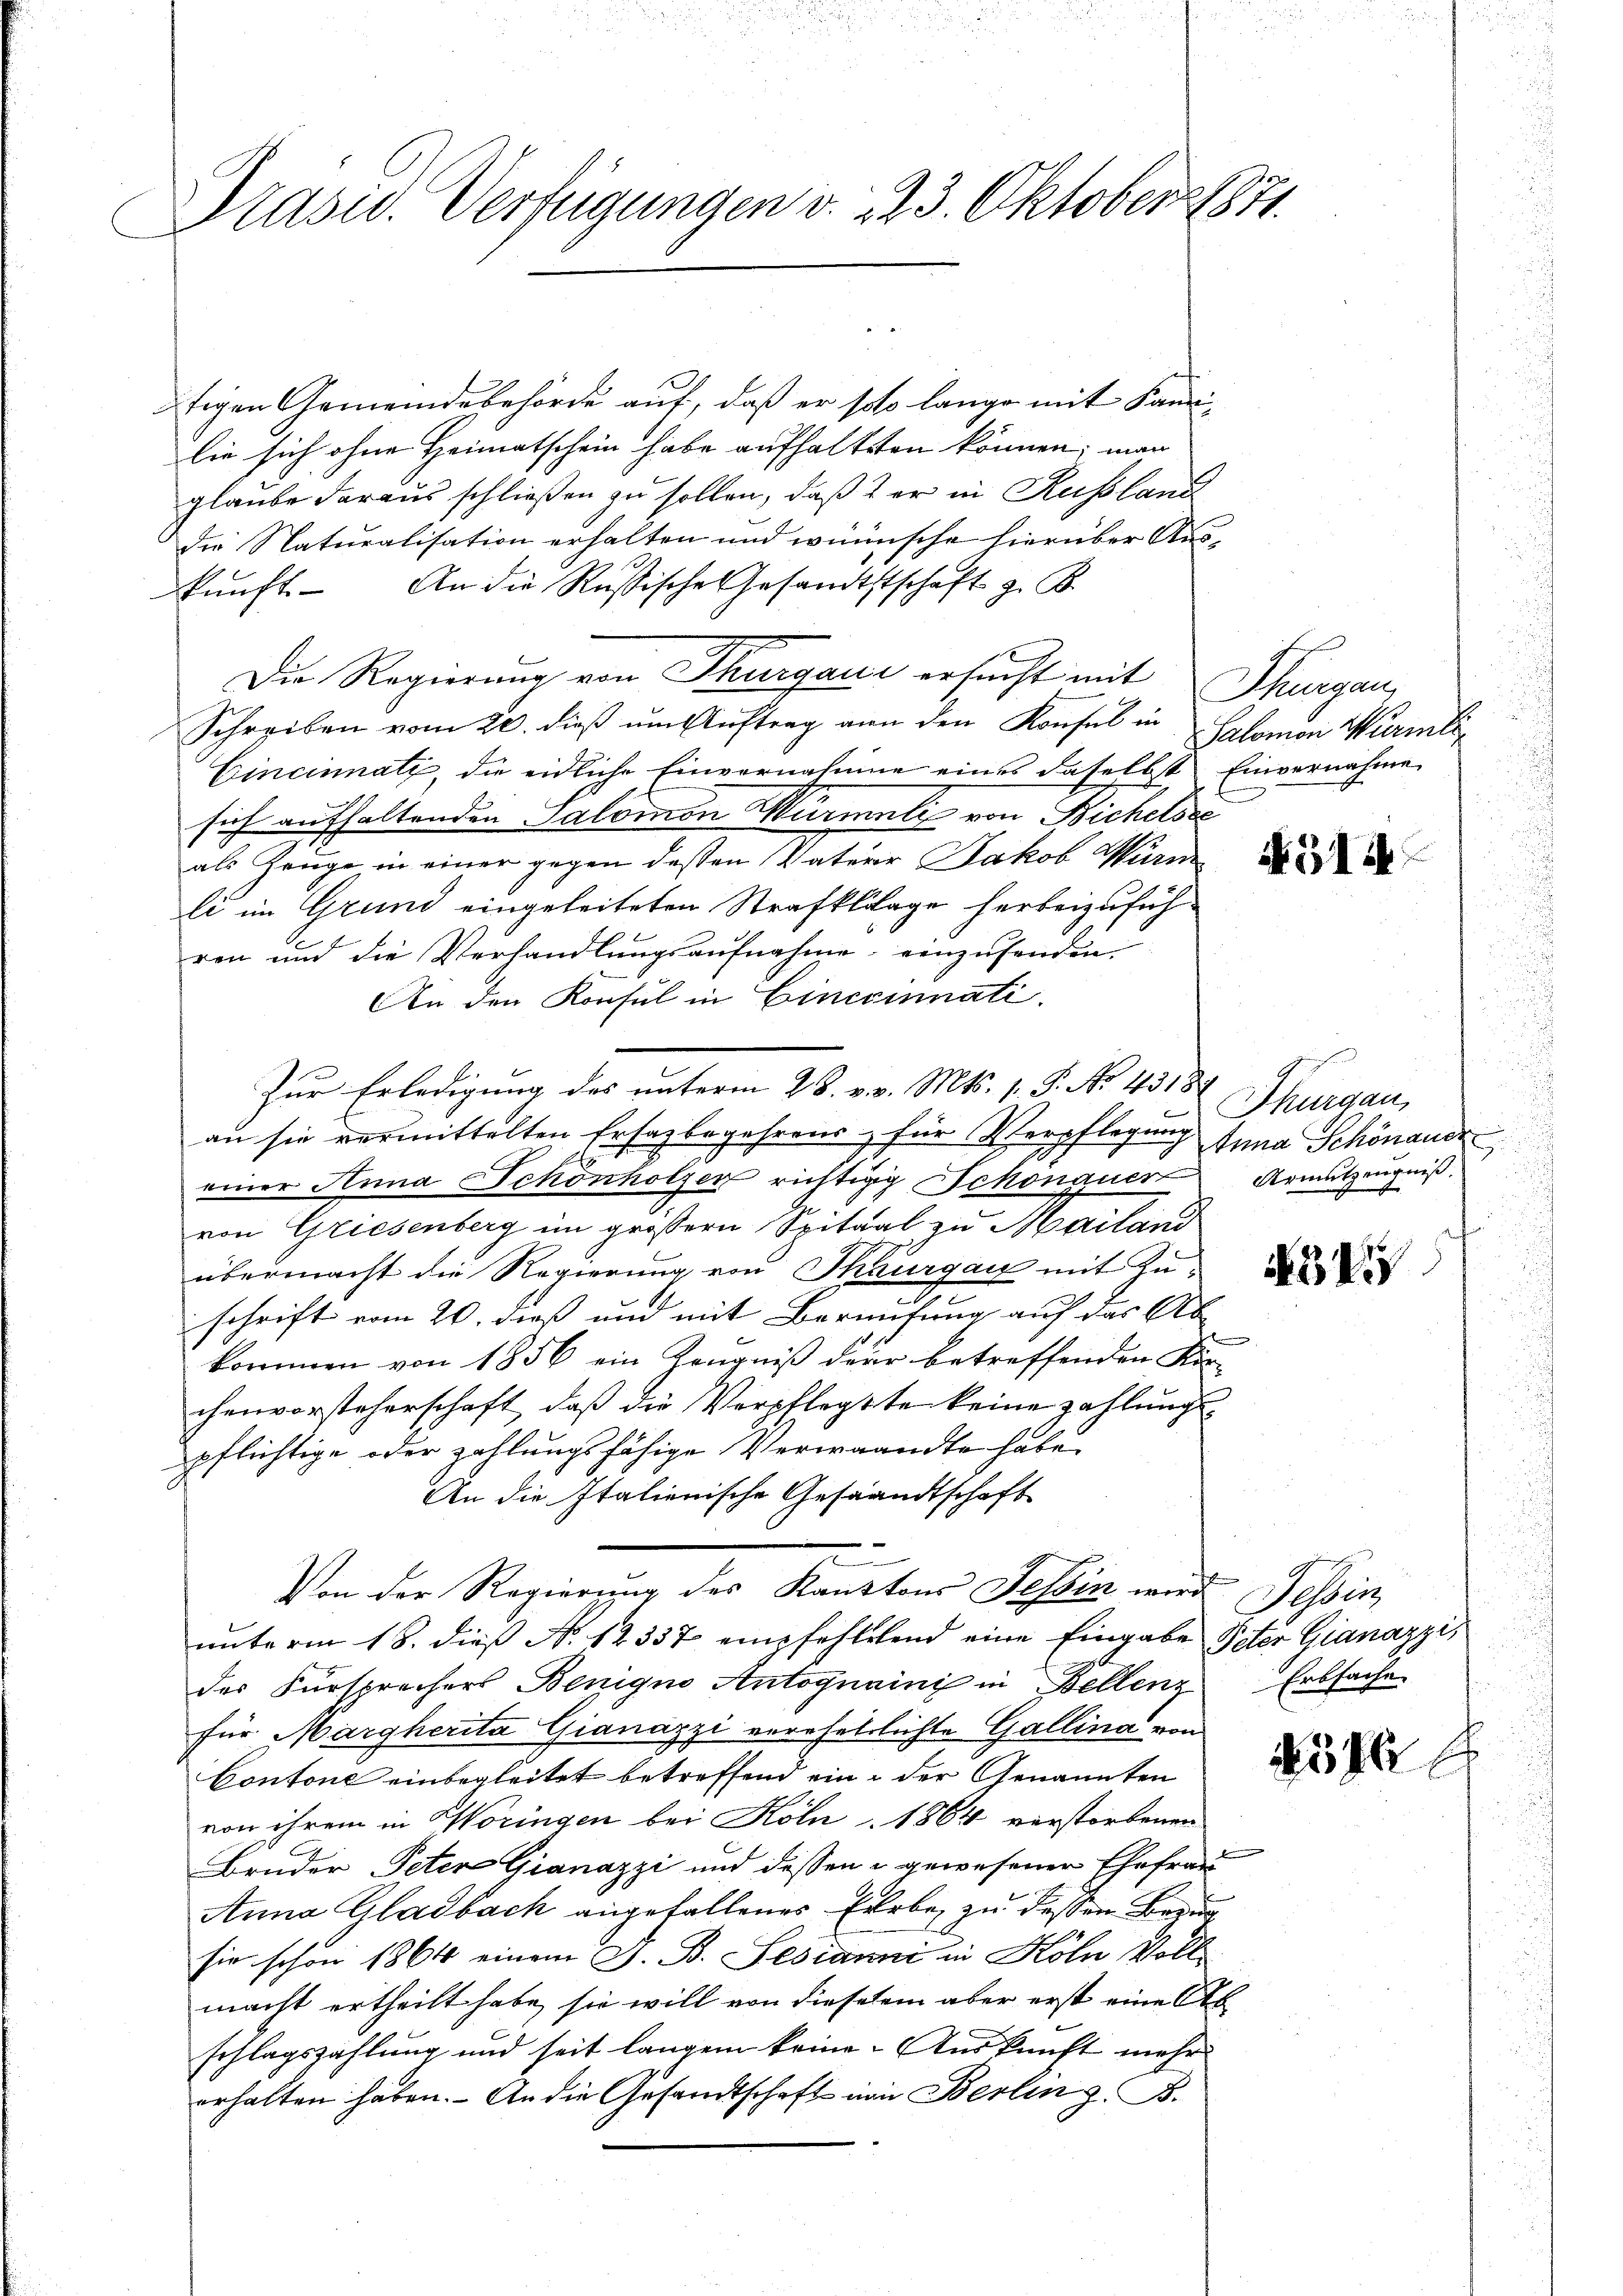
Präsid. Verfügungen v. 223. Oktober 1871.

tigen Gemeindebehörde auf, daß er solo lange mit Kandilie sich ohne Heimatschein habe aufhalteten können; man
glaube daraus schließen zu sollen, daß der in Russland
die Naturalisation erhalten und wünsche hierüber Auskŭnft. An die Russische Gesandtstschaft z. B.
Die Regierung von Thurgau ersucht mit Thurgau,
Schreiben vom 20. dieß um Auftrag von den Konsul in Salomon Würmli
Cincinnatz, die eidliche Einvernahme eines daselbst Einvernahme
sich aufhaltenden Salomon Murmeli von Bichelsei
als Zeuge in einer gegen dessen Vaterer Jakob Warne de
li im Grund eingeleiteten Strafklage herbeizufüh
ren und die Verhandlungsaufnahme einzusenden.
An den Konsul in Cinccinati
an sie vermittelten Ersagbegehrens für Verpflegung Anna Schönaude
einer Anna Schönholzer richtigg Schonauer
von Griesenberg im größern Spital zu Mailand
übermacht die Regierung von Thurgau mit zu die des
schrift vom 20. dieß und mit Berufung auf das Ab
kommen von 1856 ein Zeugniß der betreffenden Kör-
chenvorsteherschaft, daß die Verpflegste keine zahlung
pflichtige oder zahlungsfähige Verwandte habe
An die Italienische Gesandtschaft
Von der Regierung des Kantons Tessin wird Tessin,
unterm 18. dieß N. 12337 empfehletend eine Eingabe Peter Gianazzi,
des Fürsprechers Beniquo Antognaini in Bellenz Erbsache
für Margherita Gianazzi verehellichte Gallina von
Contone einbegleitet betreffend ein der Genannten
von ihrem in Woringen bei Köln, 1864 verstorbenen
Bruder Peter Gianazzi und dessen u gewesener Ehefrau
Anna Gladbach angefallenes Erbe zu dessen Bezug
sie schon 1864 einem G. B. Sedianni in Köln Voll
macht ertheilt habe, sie will von dieselem aber erst eine Ab
schlagszahlung und seit langen keine. Auskunft mehr
erhalten haben. An die Gesandtschaft von Berlin z. B.

Zur Erledigung des unterm 28. v. v. Mts. 1. P. No. 43188

Thurgau,
Armutzeugniß.
u

E

25